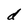
Character: d